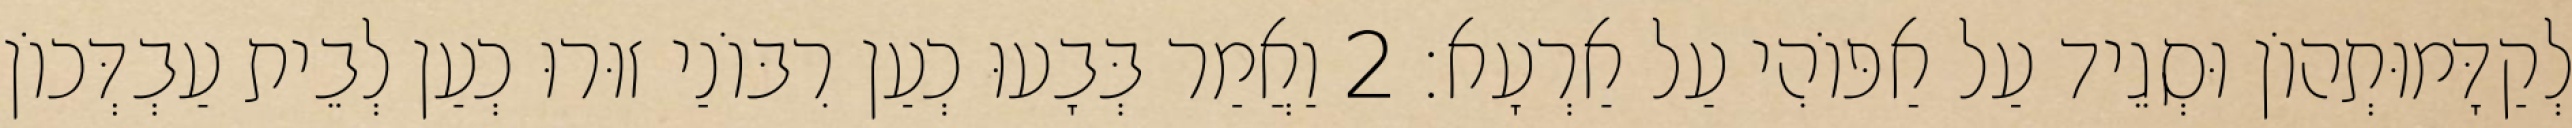
לְקַדָּמוּתְהוֹן וּסְגֵיד עַל אַפּוֹהִי עַל אַרְעָא׃ 2 וַאֲמַר בְּבָעוּ כְעַן רִבּוֹנַי זוּרוּ כְעַן לְבֵית עַבְדְּכוֹן